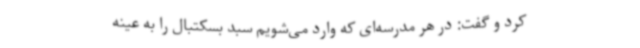
کرد و گفت: در هر مدرسه‌ای که وارد می‌شویم سبد بسکتبال را به عینه